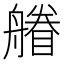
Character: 䒅